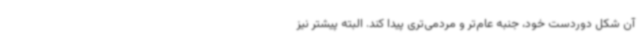
آن شکل دوردست خود، جنبه عام‌تر و مردمی‌تری پیدا کند. البته پیشتر نیز